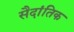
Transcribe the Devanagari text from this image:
सैदांतिक